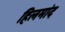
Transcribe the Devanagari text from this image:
हिलमांद